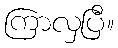
ကြာလှပြီ။